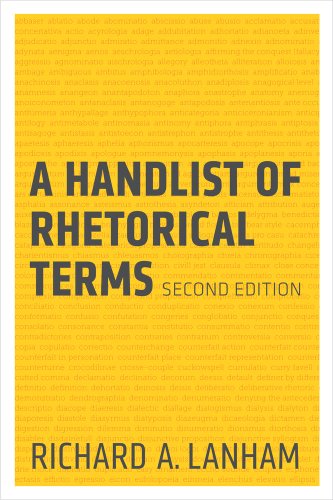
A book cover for A Handlist of Rhetorical Terms; Richard A. Lanham; Reference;